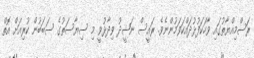
ރަސްމިއްޔާތުގައި ވާހަކަފުޅުދައްކަވަމުންނެވެ. ރައީސް ނަޝީދު ވިދާޅުވީ މި ސިޔާސަތުގެ ސަބަބުން ކުރިއަށް އޮތް